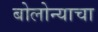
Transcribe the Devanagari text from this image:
बोलोन्याचा